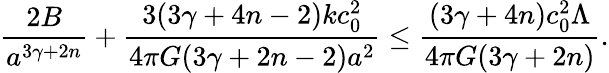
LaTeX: {\frac{2B}{a^{3\gamma+2n}}}+{\frac{3(3\gamma+4n-2)kc_{0}^{2}}{4\pi G(3\gamma+2n-2)a^{2}}}\leq{\frac{(3\gamma+4n)c_{0}^{2}\Lambda}{4\pi G(3\gamma+2n)}}.